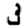
Digit: 3